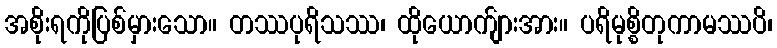
အစိုးရကိုပြစ်မှားသော။ တဿပုရိသဿ၊ ထိုယောက်ျားအား။ ပရိမုစ္စိတုကာမဿပိ၊